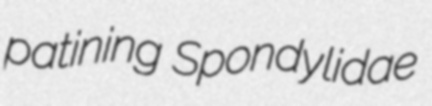
patining Spondylidae